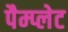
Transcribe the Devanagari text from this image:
पैम्प्लेट